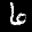
Label: 6